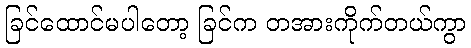
ခြင်ထောင်မပါတော့ ခြင်က တအားကိုက်တယ်ကွာ